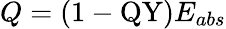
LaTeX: Q=(1-\mathrm{QY})E_{abs}